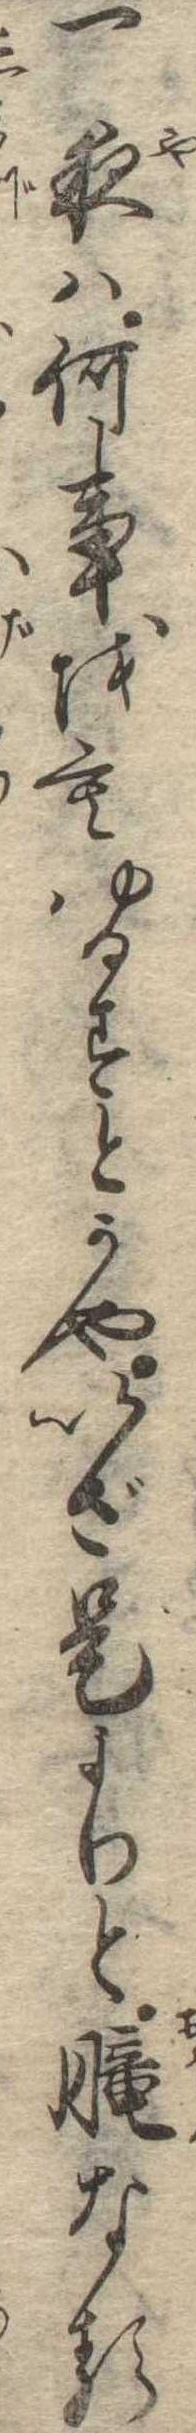
一夜は何事をもゆるすとかやいざ是よりと朧なる